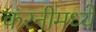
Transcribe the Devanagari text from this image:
करनीमध्ये